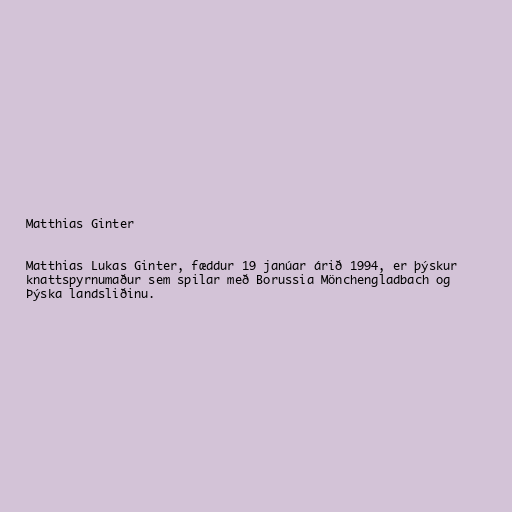
Matthias Ginter

Matthias Lukas Ginter, fæddur 19 janúar árið 1994, er þýskur
knattspyrnumaður sem spilar með Borussia Mönchengladbach og
Þýska landsliðinu.